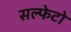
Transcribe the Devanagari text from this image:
सल्फेटो